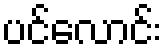
ပင်လောင်း